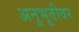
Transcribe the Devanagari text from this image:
अनुभूतीवर